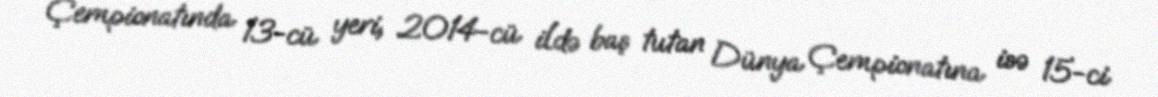
Çempionatında 13-cü yeri, 2014-cü ildə baş tutan Dünya Çempionatına isə 15-ci